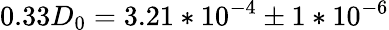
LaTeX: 0.33D_{0}=3.21*10^{-4}\pm 1*10^{-6}